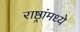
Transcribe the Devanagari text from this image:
राष्ठ्रांमध्ये